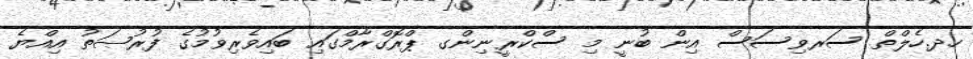
ހދ.ހެލްތް ސަރވިސަސް އިން ބުނީ މި ސްކްރީނިންގ ޕްރޮގްރާމްގައި ބައިވެރިވުމުގެ ފުރުޞަތު އިއްޔެ